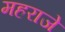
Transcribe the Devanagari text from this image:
महराजे